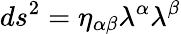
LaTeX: ds^{2}=\eta_{\alpha\beta}\lambda^{\alpha}\lambda^{\beta}